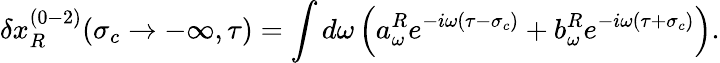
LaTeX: \delta x_{R}^{(0-2)}(\sigma_{c}\rightarrow-\infty,\tau)=\int d\omega\left(a_{\omega}^{R}e^{-i\omega(\tau-\sigma_{c})}+b_{\omega}^{R}e^{-i\omega(\tau+\sigma_{c})}\right).